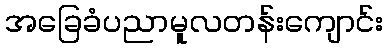
အခြေခံပညာမူလတန်းကျောင်း